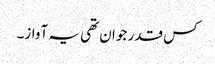
کس قدر جوان تھی یہ آواز۔